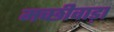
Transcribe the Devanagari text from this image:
मच्छीवाड़ा